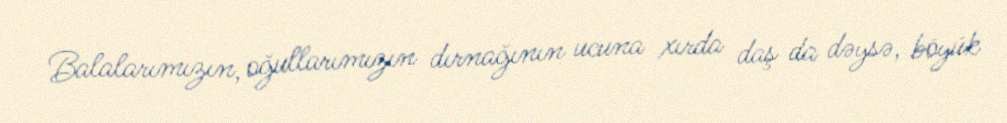
Balalarımızın, oğullarımızın dırnağının ucuna xırda daş da dəysə, böyük